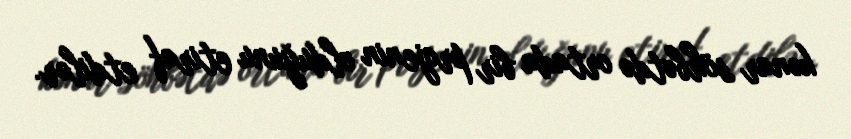
kənar söhbətdə ortada bir projenin olduğunu etiraf etdilər.